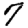
Digit: 7